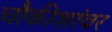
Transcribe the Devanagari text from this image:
चौकीशांवर